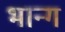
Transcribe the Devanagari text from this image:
भान्ग